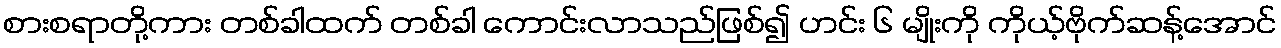
စားစရာတို့ကား တစ်ခါထက် တစ်ခါ ကောင်းလာသည်ဖြစ်၍ ဟင်း ၆ မျိုးကို ကိုယ့်ဗိုက်ဆန့်အောင်